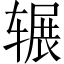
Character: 辗